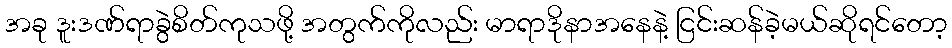
အခု ဒူးဒဏ်ရာခွဲစိတ်ကုသဖို့ အတွက်ကိုလည်း မာရာဒိုနာအနေနဲ့ ငြင်းဆန်ခဲ့မယ်ဆိုရင်တော့